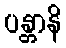
ပန္တာနိ